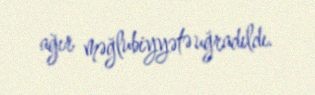
ağır məğlubiyyətə uğradıldı.